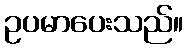
ဥပမာပေးသည်။